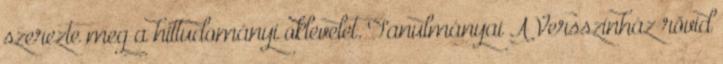
szerezte meg a hittudományi oklevelet. Tanulmányai A Versszínház rövid